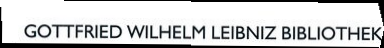
GOTTFRIED WILHELM LEIBNIZ BIBLIOTHEK